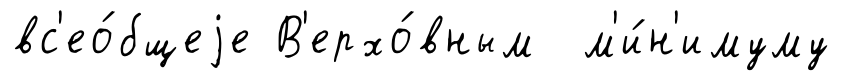
вс'ео́бщеjе В'ерхо́вным м'и́н'имуму